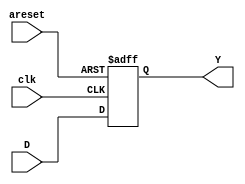
///////////////////////////////////////////////////////////////////////////////
///Jose Luis Alvarez Pineda
///19392
///Electronica digital
///Proyecto 1
///FSM del dispensador
///////////////////////////////////////////////////////////////////////////////

//implementacion de un FF con solo reset asincrono y es del tipo D
module Dflop(
  input wire areset, clk,
  input wire [3:0] D,
  output reg [3:0] Y);

    always @ ( posedge clk, posedge areset) begin
      if (areset) Y <= 4'b0000;
      else Y <= D;
    end

endmodule

////////////////////////////////////////////////////////////////////////////////
module FSMdisp(
  input wire RESET, CLK,
  input wire E, A, B, C,
  input wire [3:0] SA,
  input wire [2:0] CIN,
  output wire [1:0] M1,
  output wire [1:0] M2,
  output wire M3,Li,
  output wire [2:0] IND,
  output wire [3:0]S,
  output wire [3:0]Sf);

  Dflop FF1estado (RESET, CLK, Sf, S);

//estados futuros de la maquina de dispensar
// ecuaciones se encuentran en la pagina 13
assign Sf[3] = (S[3] & ~S[2] & ~S[1]) | (~S[3] & S[2] & S[1] & ~S[0] & SA[2]);

assign Sf[2] = (~S[3] & S[2] & ~S[1]) | (~S[3] & S[1] & S[0]) | (~S[3] & S[2] & ~SA[2]);

assign Sf[1] = (~S[3] & S[2] & S[1] & S[0]) | (~S[3] & ~S[2] & S[1] & ~S[0]) |
                (~S[3] & S[2] & ~S[1] & B) | (~S[3] & ~S[2] & ~S[1] & S[0] & A) |
                (~S[3] & ~S[2] & ~S[0] & SA[3] & ~SA[2] & SA[0] & CIN[2] & CIN[1] & E) |
                (~S[3] & ~S[2] & ~S[0] & SA[3] & SA[0] & CIN[2] & CIN[1] & CIN[0] & E) |
                (~S[3] & S[1] & ~S[0] & ~SA[2]);

assign Sf[0] = (~S[2] & ~S[1] & S[0]) | (~S[3] & S[2] & S[1] & S[0]) | (~S[3] & S[2] & S[1] & ~SA[2]) |
                (S[3] & ~S[2] & ~S[1] & C) | (~S[3] & ~S[2] & S[1] & ~S[0] & A) |
                (~S[3] & ~S[2] & ~S[1] & SA[3] & ~SA[2] & ~SA[0] & CIN[2] & CIN[1] & E) |
                (~S[3] & ~S[2] & ~S[1] & SA[3] & ~SA[0] & CIN[2] & CIN[1] & CIN[0] & E) |
                (~S[3] & S[1] & S[0] & SA[1]) | (~S[3] & ~S[1] & S[0] & ~B) ;
//salidas de la maquina de dispensar
// ecuaciiones se encuentran en la pagina 15
assign M1[1] = ~S[3] & ~S[2] & S[1] & ~S[0];

assign M1[0] = ~S[3] & ~S[2] & ~S[1] & S[0];

assign M2[1] = ~S[3] & S[2] & ~S[1] & S[0];

assign M2[0] = ~S[3] & S[2] & ~S[1] & ~S[0];

assign M3 = S[3] & ~S[2] & ~S[1] & ~S[0];

assign Li = (~S[3] & S[2] & S[1] & S[0]) | (S[3] & ~S[2] & ~S[1] & S[0]);

assign IND[2] = (~S[3] & S[2] & S[1]) | (S[3] & ~S[2] & ~S[1]) | (~S[3] & S[2] & S[0]) | (~S[3] & S[1] & S[0]);

assign IND[1] = (~S[3] & S[1]) | (~S[3] & S[2] & ~S[0]) | (S[3] & ~S[2] & ~S[1] & S[0]);

assign IND[0] = (S[3] & ~S[2] & ~S[1]) | (~S[3] & S[2] & ~S[0]) | (~S[3] & ~S[2] & S[0]) | (~S[3] & S[1] & S[0]);

endmodule